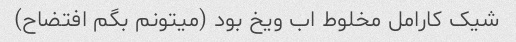
شیک کارامل مخلوط اب ویخ بود (میتونم بگم افتضاح)